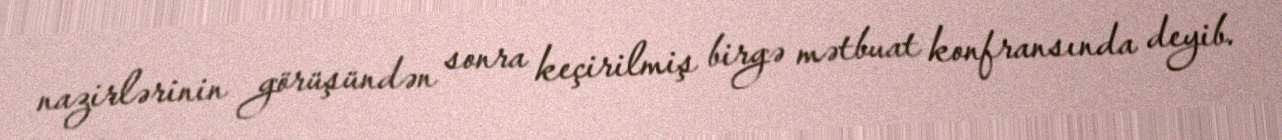
nazirlərinin görüşündən sonra keçirilmiş birgə mətbuat konfransında deyib.